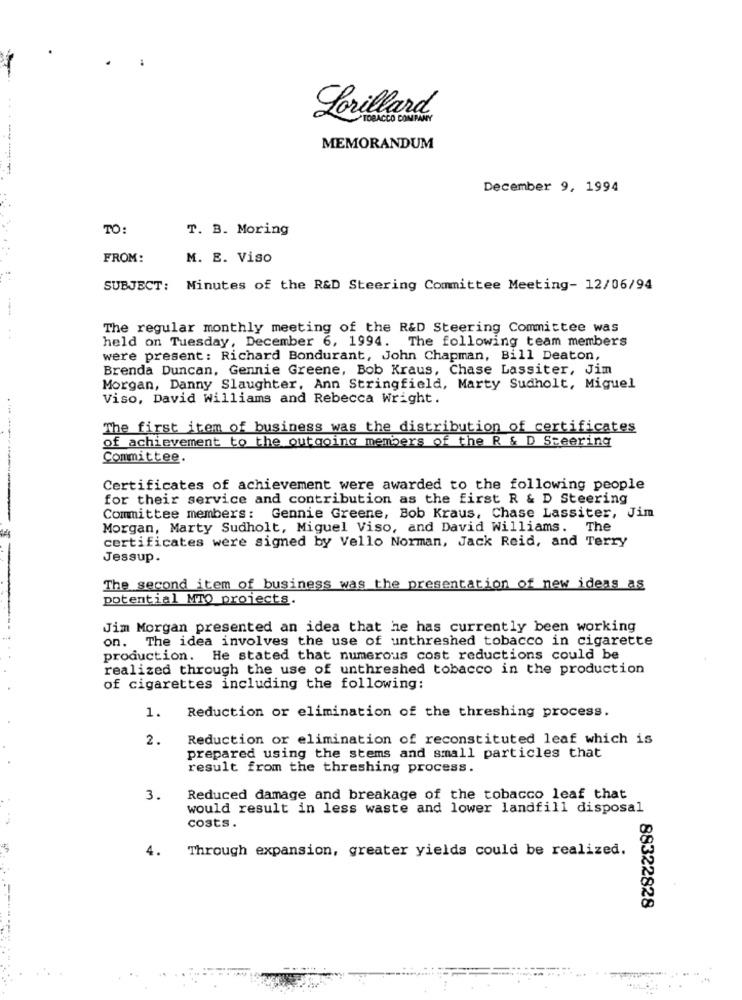
Lorillard
TOBACCO COMPANY
MEMORANDUM
--------
December 9, 1994
TO:
T. B. Moring
FROM:
M. E. Viso
SUBJECT: Minutes of the R&D Steering Committee Meeting- 12/06/94
The regular monthly meeting of the R&D Steering Committee was
held on Tuesday, December 6, 1994. The following team members
were present: Richard Bondurant, John Chapman, Bill Deaton,
Brenda Duncan, Gennie Greene, Bob Kraus, Chase Lassiter, Jim
Morgan, Danny Slaughter, Ann Stringfield, Marty Sudholt, Miguel
Viso, David Williams and Rebecca Wright.
The first item of business was the distribution of certificates
of achievement to the outgoing members of the R & D Steering
Committee.
Certificates of achievement were awarded to the following people
for their service and contribution as the first R & D Steering
---------
Committee members: Gennie Greene, Bob Kraus, Chase Lassiter, Jim
Morgan, Marty Sudholt, Miguel Viso, and David Williams. The
certificates were signed by Vello Norman, Jack Reid, and Terry
Jessup.
The second item of business was the presentation of new ideas as
potential MTO projects.
Jim Morgan presented an idea that he has currently been working
on. The idea involves the use of unthreshed tobacco in cigarette
production. He stated that numerous cost reductions could be
realized through the use of unthreshed tobacco in the production
of cigarettes including the following:
1. Reduction or elimination of the threshing process.
2.
Reduction or elimination of reconstituted leaf which is
prepared using the stems and small particles that
result from the threshing process.
3.
Reduced damage and breakage of the tobacco leaf that
would result in less waste and lower landfill disposal
costs.
4.
Through expansion, greater yields could be realized.
88322828